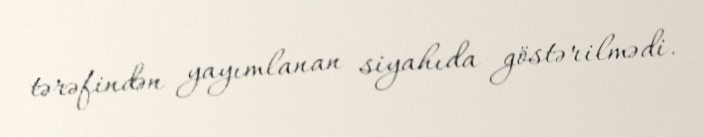
tərəfindən yayımlanan siyahıda göstərilmədi.